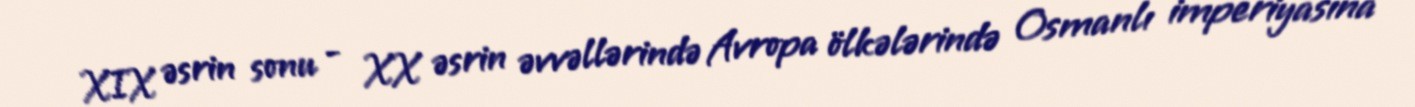
XIX əsrin sonu - XX əsrin əvvəllərində Avropa ölkələrində Osmanlı imperiyasına